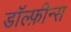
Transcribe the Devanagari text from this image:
डॉल्फ़ीन्स